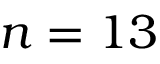
n = 1 3